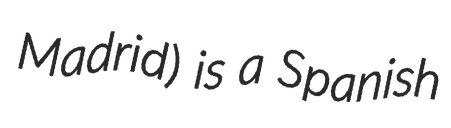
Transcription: Madrid) is a Spanish